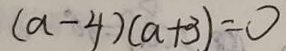
( a - 4 ) ( a + 3 ) = 0